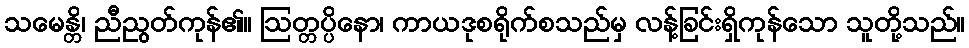
သမေန္တိ၊ ညီညွတ်ကုန်၏။ ဩတ္တပ္ပိနော၊ ကာယဒုစရိုက်စသည်မှ လန့်ခြင်းရှိကုန်သော သူတို့သည်။